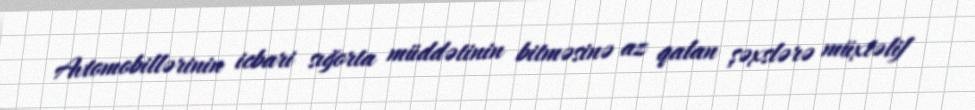
Avtomobillərinin icbari sığorta müddətinin bitməsinə az qalan şəxslərə müxtəlif